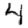
Digit: 4